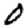
Digit: 0